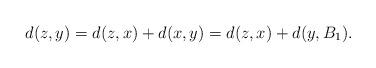
LaTeX: \begin{align*}d(z,y) = d(z,x) + d(x,y) = d(z,x) + d(y,B_1).\end{align*}